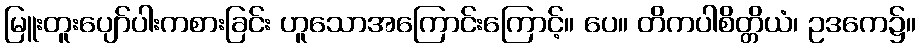
မြူးတူးပျော်ပါးကစားခြင်း ဟူသောအကြောင်းကြောင့်။ ပေ။ တိကပါစိတ္တိယံ၊ ဥဒကေ၌။